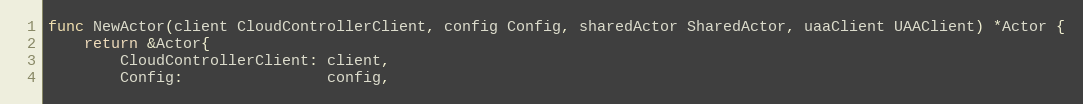
Language: Go
func NewActor(client CloudControllerClient, config Config, sharedActor SharedActor, uaaClient UAAClient) *Actor {
	return &Actor{
		CloudControllerClient: client,
		Config:                config,